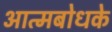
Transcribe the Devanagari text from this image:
आत्मबोधके